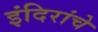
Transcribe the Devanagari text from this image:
इंदिरांचे